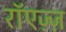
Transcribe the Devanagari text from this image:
रॉएज़्ज़